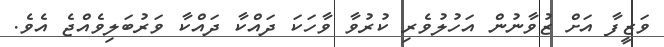
ވަޒީފާ އަށް ޒުވާނުން އަހުލުވެރި ކުރުވާ ވާހަކަ ދައްކާ ދައްކާ ވަރުބަލިވެއްޖެ އެވެ.